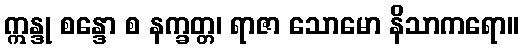
ဣန္ဒု စန္ဒော စ နက္ခတ္တ၊ ရာဇာ သောမော နိသာကရော။